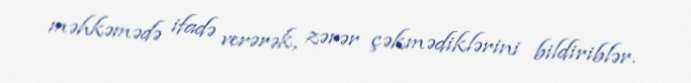
məhkəmədə ifadə verərək, zərər çəkmədiklərini bildiriblər.